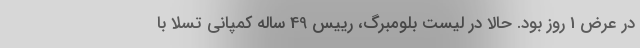
در عرض 1 روز بود. حالا در لیست بلومبرگ، رییس 49 ساله کمپانی تسلا با